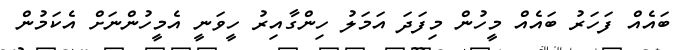
ބައެއް ފަހަރު ބައެއް މީހުން މިފަދަ އަމަލު ހިންގާއިރު ހީވަނީ އެމީހުންނަށް އެކަމުން